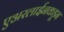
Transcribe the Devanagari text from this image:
एअरलाईनकडून